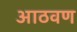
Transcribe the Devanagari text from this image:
अाठवण